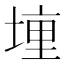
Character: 𫝟